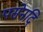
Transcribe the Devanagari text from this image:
पसेनदि